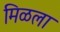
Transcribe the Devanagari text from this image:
मिळला